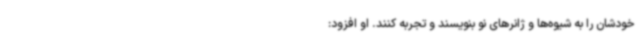
خودشان را به شیوه‌ها و ژانرهای نو بنویسند و تجربه کنند. او افزود: